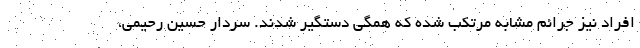
افراد نیز جرائم مشابه مرتکب شده که همگی دستگیر شدند. سردار حسین رحیمی،